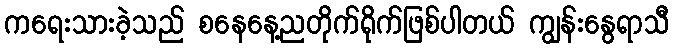
ကရေးသားခဲ့သည် စနေနေ့ညတိုက်ရိုက်ဖြစ်ပါတယ် ကျွန်းနွေရာသီ